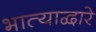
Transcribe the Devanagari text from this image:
भात्याद्वारे